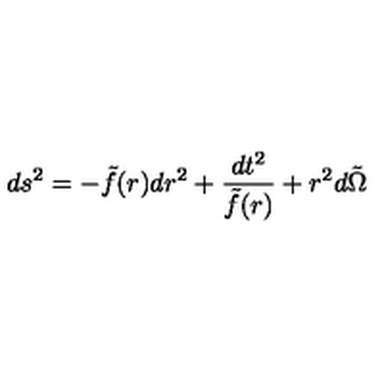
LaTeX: d s ^ { 2 } = - \tilde { f } ( r ) d r ^ { 2 } + \frac { d t ^ { 2 } } { \tilde { f } ( r ) } + r ^ { 2 } d \tilde { \Omega }